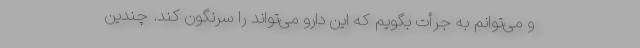
و می‌توانم به جرأت بگویم که این دارو می‌تواند را سرنگون کند. چندین